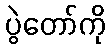
ပွဲတော်ကို